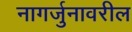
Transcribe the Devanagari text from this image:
नागर्जुनावरील